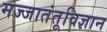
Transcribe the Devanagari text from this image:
मज्जातंतूविज्ञान